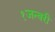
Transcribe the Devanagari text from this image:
१जन्वरी